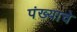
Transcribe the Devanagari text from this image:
पंख्याचे